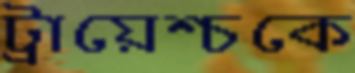
ট্রায়েশ্চকে